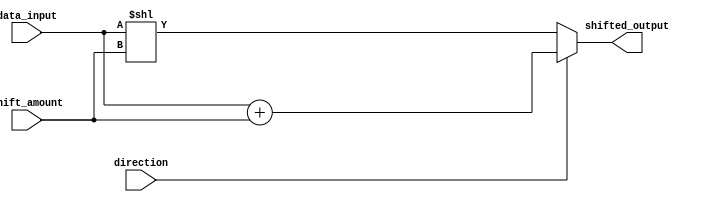
module ArithmeticBlocksHybridBarrelShifter (
    input [7:0] data_input,
    input [2:0] shift_amount,
    input direction,
    output [7:0] shifted_output
);

// Hybrid Shifter
wire [7:0] barrel_shifted_output;
wire [7:0] arithmetic_shifted_output;

// Arithmetic Blocks
assign barrel_shifted_output = data_input << shift_amount;
assign arithmetic_shifted_output = (direction) ? (data_input + shift_amount) : (data_input - shift_amount);

// Multiplexers
reg [7:0] selected_output;

always @(*) begin
    if(direction)
        selected_output = arithmetic_shifted_output;
    else
        selected_output = barrel_shifted_output;
end

// Shift Registers
reg [7:0] shift_register;

always @(*) begin
    shift_register <= selected_output;
end

assign shifted_output = shift_register;

endmodule